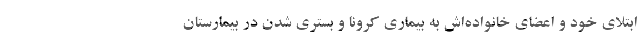
ابتلای خود و اعضای خانواده‌اش به بیماری کرونا و بستری شدن در بیمارستان